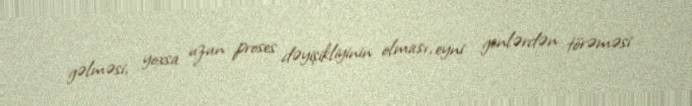
gəlməsi, yoxsa uzun proses dəyişikliyinin olması, eyni genlərdən törəməsi